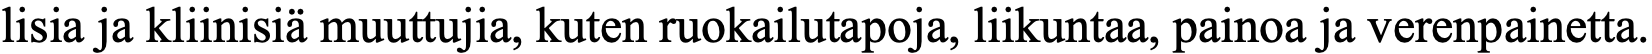
lisia ja kliinisiä muuttujia, kuten ruokailutapoja, liikuntaa, painoa ja verenpainetta.